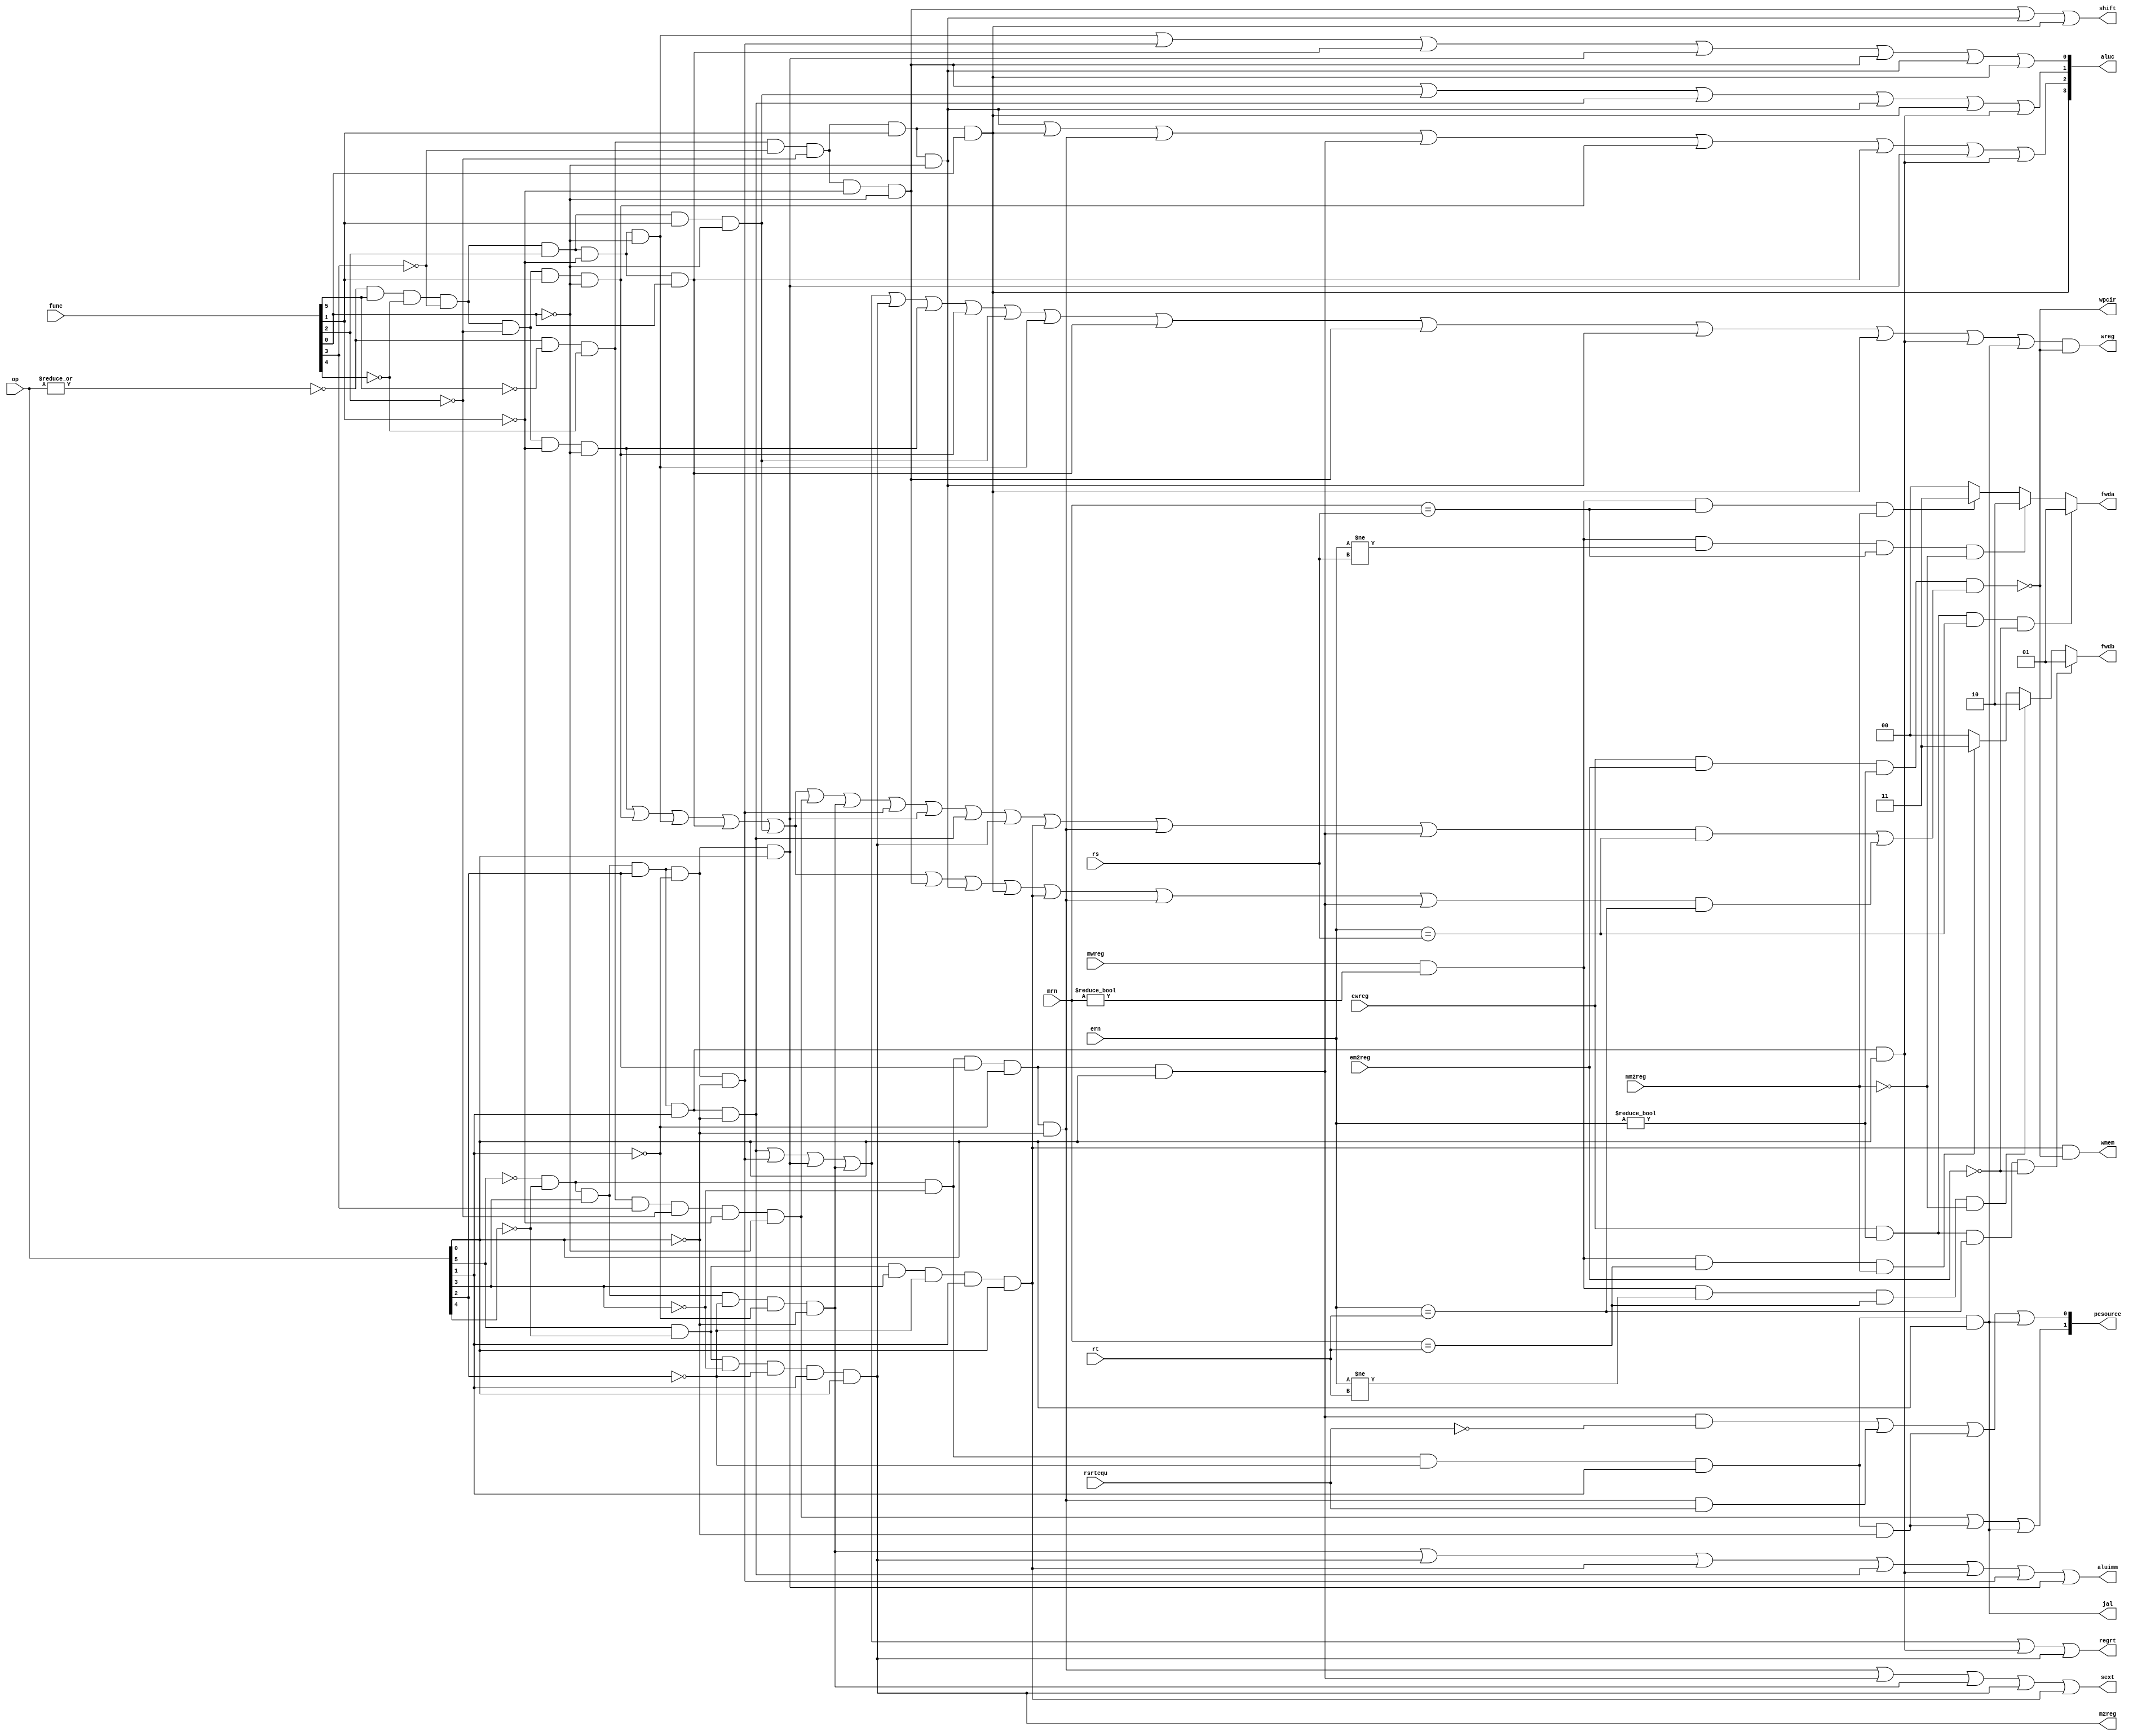
module pipeidcu (mrn, mm2reg, mwreg, ern, em2reg, ewreg, rsrtequ, op, func, rs, rt, wreg, m2reg, wmem, jal, aluc, aluimm, shift, regrt, sext, fwdb, fwda, pcsource, wpcir);
	input [5:0] op, func;
	input [4:0] rs, rt, ern, mrn;
	input ewreg, em2reg, mwreg, mm2reg, rsrtequ;	
	output [3:0] aluc;
	output [1:0] fwda, fwdb, pcsource;
	output wreg, m2reg, wmem, jal, aluimm, shift, regrt, sext, wpcir;	
	reg [1:0] fwda, fwdb;
	
	wire r_type = ~|op;
	wire i_add = r_type & func[5] & ~func[4] & ~func[3] & ~func[2] & ~func[1] & ~func[0];
	wire i_sub = r_type & func[5] & ~func[4] & ~func[3] & ~func[2] & func[1] & ~func[0];
	wire i_and = r_type & func[5] & ~func[4] & ~func[3] & func[2] & ~func[1] & ~func[0];
	wire i_or = r_type & func[5] & ~func[4] & ~func[3] & func[2] & ~func[1] & func[0];
	wire i_xor = r_type & func[5] & ~func[4] & ~func[3] & func[2] & func[1] & ~func[0];
	wire i_sll = r_type & ~func[5] & ~func[4] & ~func[3] & ~func[2] & ~func[1] & ~func[0];
	wire i_srl = r_type & ~func[5] & ~func[4] & ~func[3] & ~func[2] & func[1] & ~func[0];
	wire i_sra = r_type & ~func[5] & ~func[4] & ~func[3] & ~func[2] & func[1] & func[0];
	wire i_jr = r_type & ~func[5] & ~func[4] & func[3] & ~func[2] & ~func[1] & ~func[0];
	wire i_addi = ~op[5] & ~op[4] & op[3] & ~op[2] & ~op[1] & ~op[0];
	wire i_andi = ~op[5] & ~op[4] & op[3] & op[2] & ~op[1] & ~op[0];
	wire i_ori = ~op[5] & ~op[4] & op[3] & op[2] & ~op[1] & op[0];
	wire i_xori = ~op[5] & ~op[4] & op[3] & op[2] & op[1] & ~op[0];
	wire i_lw = op[5] & ~op[4] & ~op[3] & ~op[2] & op[1] & op[0];
	wire i_sw = op[5] & ~op[4] & op[3] & ~op[2] & op[1] & op[0];
	wire i_beq = ~op[5] & ~op[4] & ~op[3] & op[2] & ~op[1] & ~op[0];
	wire i_bne = ~op[5] & ~op[4] & ~op[3] & op[2] & ~op[1] & op[0];
	wire i_lui = ~op[5] & ~op[4] & op[3] & op[2] & op[1] & op[0];
	wire i_j = ~op[5] & ~op[4] & ~op[3] & ~op[2] & op[1] & ~op[0];
	wire i_jal = ~op[5] & ~op[4] & ~op[3] & ~op[2] & op[1] & op[0];
	wire i_rs = i_add | i_sub | i_and | i_or | i_xor | i_jr | i_addi | i_andi | i_ori | i_xori | i_lw | i_sw | i_beq | i_bne;
	wire i_rt = i_add | i_sub | i_and | i_or | i_xor | i_sll | i_srl | i_sra | i_sw | i_beq | i_bne;
	assign wpcir = ~(ewreg & em2reg & (ern != 0) & (i_rs & (ern == rs) | i_rt & (ern == rt)));
	assign wreg = (i_xori | i_andi | i_ori | i_addi | i_lw | i_add | i_sub | i_xor | i_and | i_or | i_sll | i_srl | i_sra | i_lui | i_jal) & wpcir;
	assign m2reg = i_lw;
	assign wmem = i_sw & wpcir;
	assign jal = i_jal;
	assign aluc[3] = i_sra;
	assign aluc[2] = i_srl | i_sra | i_beq | i_bne | i_sub | i_or | i_ori | i_lui;
	assign aluc[1] = i_sll | i_xor | i_xori | i_srl | i_sra | i_lui;
	assign aluc[0] = i_and | i_andi | i_or | i_ori | i_sll | i_srl | i_sra;
	assign aluimm = i_addi | i_lw | i_sw | i_xori | i_lui | i_andi | i_ori;
	assign shift = i_sll | i_srl | i_sra;
	assign regrt = i_xori | i_andi | i_ori | i_addi | i_lui | i_lw;
	assign sext = i_beq | i_bne | i_addi | i_lw | i_sw;
	assign pcsource[1] = i_jr | i_j | i_jal;
	assign pcsource[0] = (i_bne & ~rsrtequ) | (i_beq & rsrtequ) | i_j | i_jal;
	
	always @ * begin
		fwda = 2'b00;
		if (ewreg & (ern != 0) & (ern == rs) & ~em2reg) begin
			fwda = 2'b01;
		end else begin
			if (mwreg & (mrn != 0) & (ern != rs) & (mrn == rs) & ~mm2reg) begin
				fwda = 2'b10;
			end else begin
				if (mwreg & (mrn != 0) & (mrn == rs) & mm2reg) begin
					fwda = 2'b11;
				end
			end
		end
		fwdb = 2'b00;
		if (ewreg & (ern != 0) & (ern == rt) & ~em2reg) begin
			fwdb = 2'b01;
		end else begin
			if (mwreg & (mrn != 0) & (ern != rt) & (mrn == rt) & ~mm2reg) begin
				fwdb = 2'b10;
			end else begin
				if (mwreg & (mrn != 0) & (mrn == rt) & mm2reg) begin
					fwdb = 2'b11;
				end
			end
		end
	end
endmodule